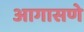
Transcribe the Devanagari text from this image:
आगासणे